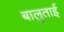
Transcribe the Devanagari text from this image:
बालुताई